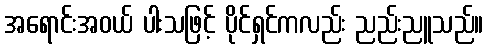
အရောင်းအဝယ် ပါးသဖြင့် ပိုင်ရှင်ကလည်း ညည်းညူသည်။